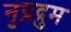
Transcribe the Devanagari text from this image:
नृप्रद्रुम